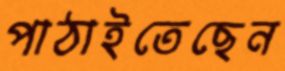
পাঠাইতেছেন